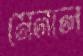
মেনলে